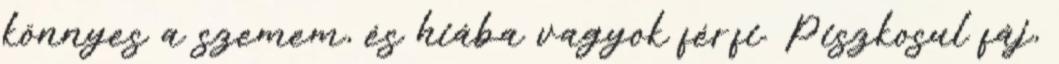
könnyes a szemem, és hiába vagyok férfi. Piszkosul fáj,